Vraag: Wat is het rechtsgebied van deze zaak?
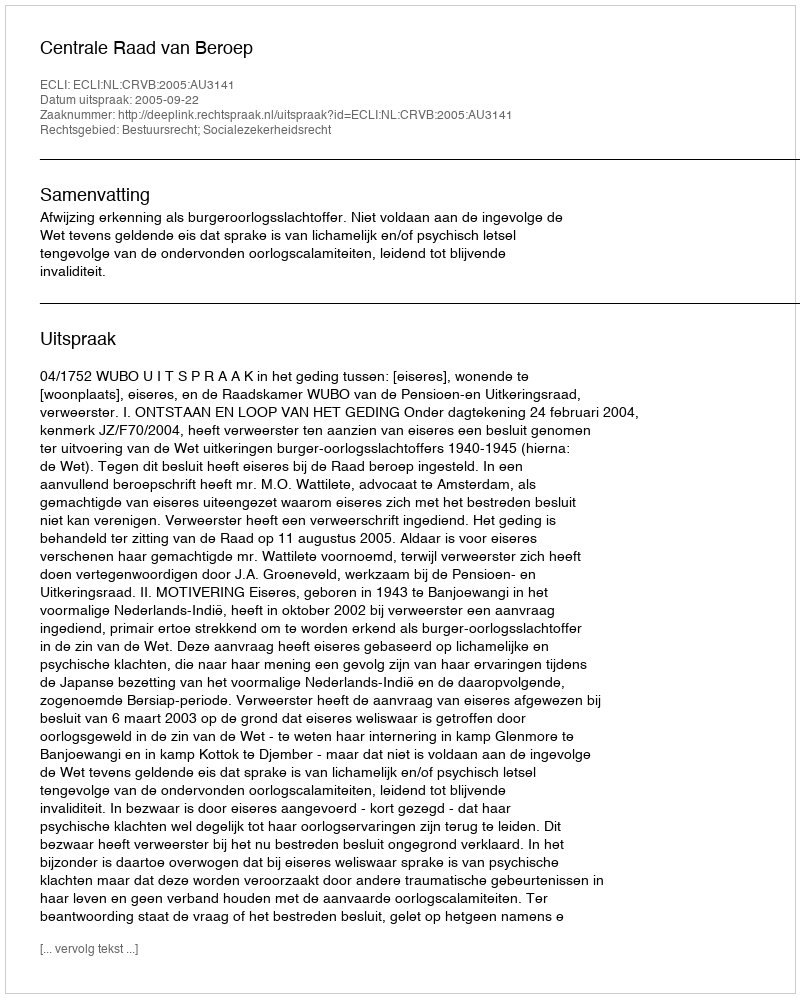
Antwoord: Bestuursrecht; Socialezekerheidsrecht